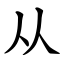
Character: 从